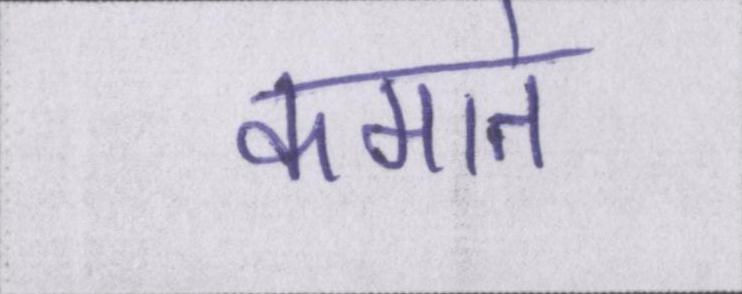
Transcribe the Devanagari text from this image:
कमाते